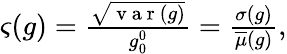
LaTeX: \begin{array}{r}{\varsigma(g)=\frac{\sqrt{\mathrm{~v~a~r~}(g)}}{g_{0}^{0}}=\frac{\sigma(g)}{\overline{{\mu}}(g)},}\end{array}